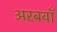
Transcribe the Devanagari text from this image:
अरबवाँ